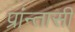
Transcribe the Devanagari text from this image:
प्रांन्तासी